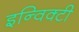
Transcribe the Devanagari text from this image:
इन्विक्टी